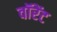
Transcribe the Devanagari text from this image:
वॉरेंट